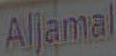
Aljamal